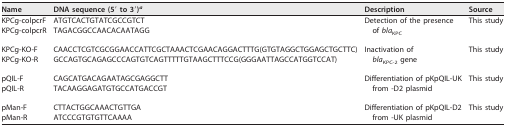
<table><thead><tr><td><b>Name</b></td><td><b>DNA sequence (5′ to 3′)<sup>a</sup></b></td><td><b>Description</b></td><td><b>Source</b></td></tr></thead><tbody><tr><td>KPCg-colpcrF</td><td>ATGTCACTGTATCGCCGTCT</td><td rowspan="2">Detection of the presence of <i>bla</i><sub>KPC</sub></td><td rowspan="2">This study</td></tr><tr><td>KPCg-colpcrR</td><td>TAGACGGCCAACACAATAGG</td></tr><tr><td>KPCg-KO-F</td><td>CAACCTCGTCGCGGAACCATTCGCTAAACTCGAACAGGACTTTG(GTGTAGGCTGGAGCTGCTTC)</td><td rowspan="2">Inactivation of <i>bla</i><sub>KPC-2</sub> gene</td><td rowspan="2">This study</td></tr><tr><td>KPCg-KO-R</td><td>GCCAGTGCAGAGCCCAGTGTCAGTTTTTGTAAGCTTTCCG(GGGAATTAGCCATGGTCCAT)</td></tr><tr><td>pQIL-F</td><td>CAGCATGACAGAATAGCGAGGCTT</td><td rowspan="2">Differentiation of pKpQIL-UK from -D2 plasmid</td><td rowspan="2">This study</td></tr><tr><td>pQIL-R</td><td>TACAAGGAGATGTGCCATGACCGT</td></tr><tr><td>pMan-F</td><td>CTTACTGGCAAACTGTTGA</td><td rowspan="2">Differentiation of pKpQIL-D2 from -UK plasmid</td><td rowspan="2">This study</td></tr><tr><td>pMan-R</td><td>ATCCCGTGTGTTCAAAA</td></tr></tbody></table>